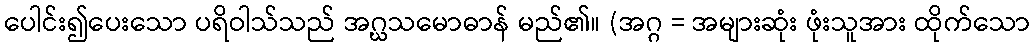
ပေါင်း၍ပေးသော ပရိဝါသ်သည် အဂ္ဃသမောဓာန် မည်၏။ (အဂ္ဂ = အများဆုံး ဖုံးသူအား ထိုက်သော